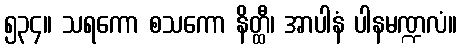
၅၃၄။ သရကော စသကော နိတ္ထီ၊ အာပါနံ ပါနမဏ္ဍလံ။